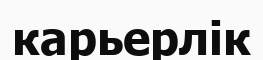
карьерлік